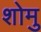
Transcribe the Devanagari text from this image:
शोमु